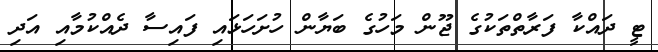
ޓީ ދައްކާ ފަރާތްތަކުގެ ޖޫން މަހުގެ ބަޔާން ހުށަހަޅައި ފައިސާ ދެއްކުމާއި އަދި